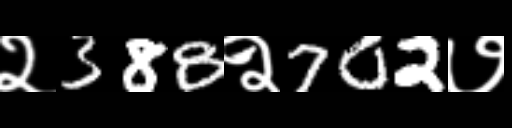
Text: २388२702७